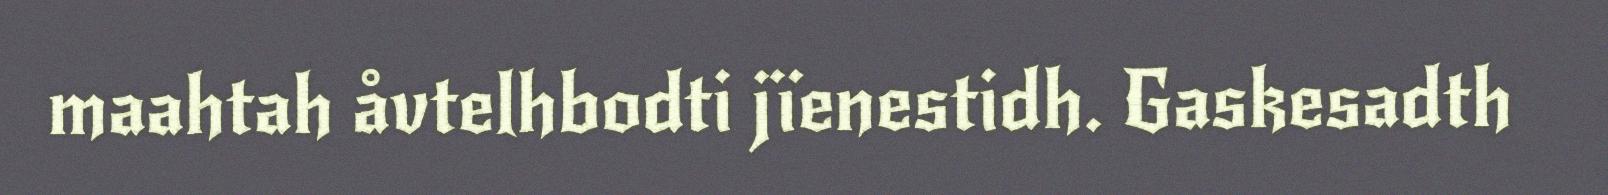
maahtah åvtelhbodti jïenestidh. Gaskesadth